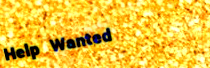
Help Wanted